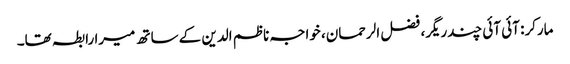
مارکر: آئی آئی چندریگر، فضل الرحمان، خواجہ ناظم الدین کے ساتھ میرا رابطہ تھا۔